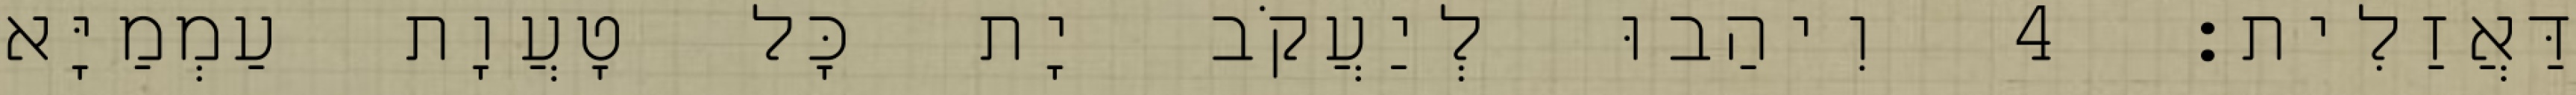
דַּאֲזַלִית׃ 4 וִיהַבוּ לְיַעֲקֹב יָת כָּל טָעֲוָת עַמְמַיָּא